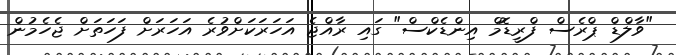
"ވާލްޑް ޕްރެސް ފްރީޑޮމް އިންޑެކްސް" ގައި ރާއްޖެ އަހަރަކަށްވުރެ އަހަރަށް ފަހަތަށް ޖެހެމުން